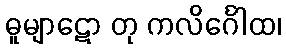
ဓူမျာဋော တု ကလိင်္ဂေါထ၊